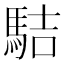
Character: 𩢴